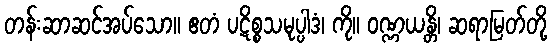
တန်းဆာဆင်အပ်သော။ ဧတံ ပဋိစ္စသမုပ္ပါဒံ၊ ကို။ ဝဏ္ဏယန္တိ၊ ဆရာမြတ်တို့